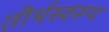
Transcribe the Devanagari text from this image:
तीर्थस्वरूप